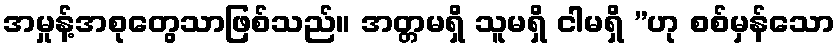
အမှုန့်အစုတွေသာဖြစ်သည်။ အတ္တမရှိ သူမရှိ ငါမရှိ ”ဟု စစ်မှန်သော